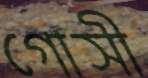
গোসী